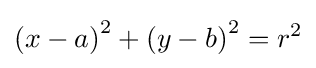
\left(x-a\right)^{2}+\left(y-b\right)^{2}=r^{2}